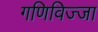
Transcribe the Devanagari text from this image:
गणिविज्जा